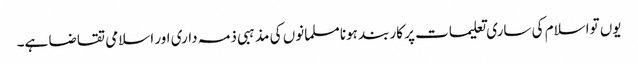
یوں تواسلام کی ساری تعلیمات پر کاربند ہونا مسلمانوں کی مذہبی ذمہ داری اور اسلامی تقاضا ہے۔